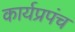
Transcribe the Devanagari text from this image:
कार्यप्रपंच